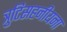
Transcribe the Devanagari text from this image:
त्रुटिसहनीयना